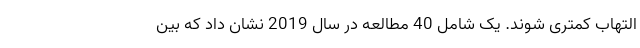
التهاب کمتری شوند. یک شامل 40 مطالعه در سال 2019 نشان داد که بین